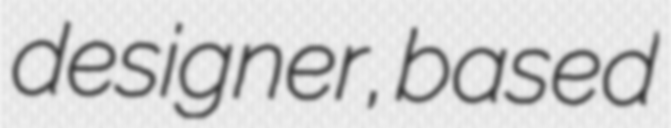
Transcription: designer, based